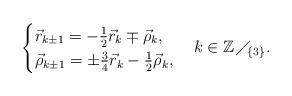
LaTeX: \begin{align*} \begin{cases} \vec{r}_{k\pm 1}=-\frac{1}{2}\vec{r}_k\mp \vec{\rho}_k,\\ \vec{\rho}_{k\pm 1}=\pm\frac{3}{4}\vec{r}_k-\frac{1}{2} \vec{\rho}_k, \end{cases}k\in\mathbb{Z}\mspace{1.5mu}\diagup_{\mspace{-4.5mu}\{3\}}.\end{align*}